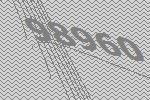
98960